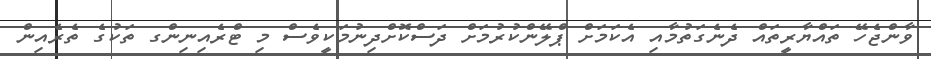
ވާންޖެހޭ ތައްޔާރީތައް ދެނެގަތުމާއި އެކަމަށް ޕްލޭންކުރުމަށް ދަސްކޮށްދިނުމަކީވެސް މި ޓްރެއިނިންގ ތަކުގެ ތެރެއިން